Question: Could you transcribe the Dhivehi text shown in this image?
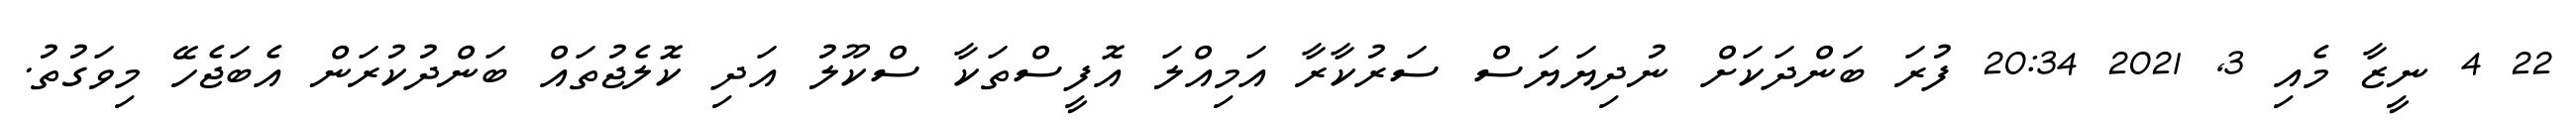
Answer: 22 4 ނީޒާ މެއި 3, 2021 20:34 ފުރަ ބަންދަކަށް ނުދިޔަޔަސް ސަރުކާރާ އަމިއްލަ އޮފީސްތަކާ ސްކޫލު އަދި ކޮލެޖުތައް ބަންދުކުރަން އެބަޖެހޭ މިވަގުތު.